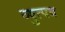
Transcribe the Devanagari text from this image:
व्युत्पत्र